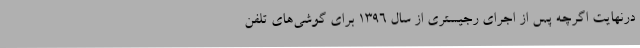
درنهایت اگرچه پس از اجرای رجیستری از سال ۱۳۹۶ برای گوشی‌های تلفن